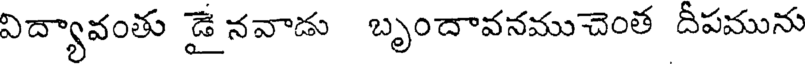
విద్యావంతు డై నవాడు బృందావనముచెంత దీపమును